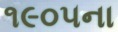
૧૯૦૫ના